Punjab Mental Hospital Lahore 1932-46 - 1932-1946
Year: 1932
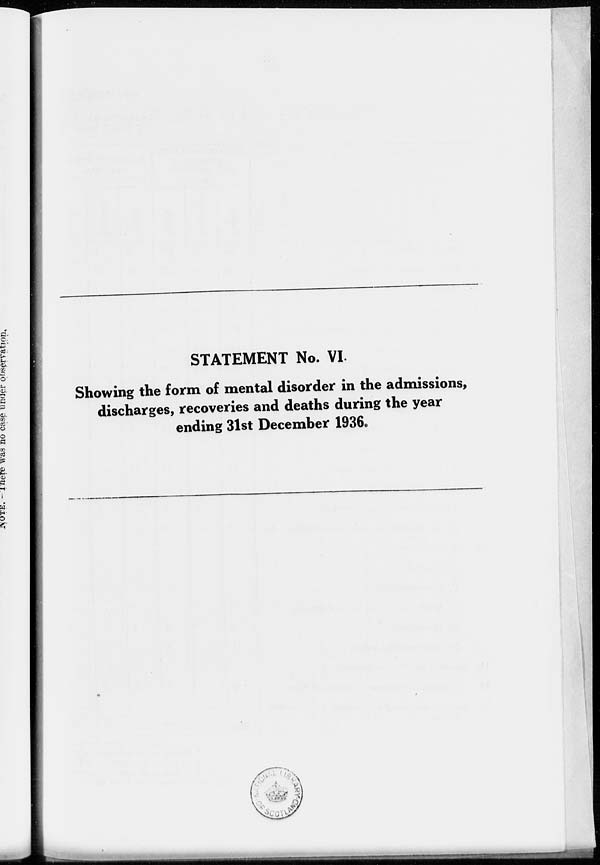
STATEMENT No. VI.
Showing the form of mental disorder in the admissions,
discharges, recoveries and deaths during the year
ending 31st December 1936.